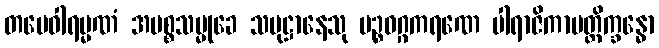
တမေဝါရမ္မဏံ အမစ္စသမ္မုခေ သမုဋ္ဌာနေသု ပဉ္စဝဂ္ဂကရဏေ ပါရာဇိကာပတ္တိက္ခန္ဓော